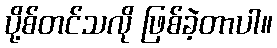
ပို့စ်တင်သလို ဖြစ်ခဲ့တာပါ။